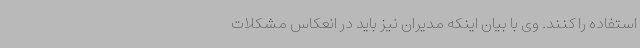
استفاده را کنند. وی با بیان اینکه مدیران نیز باید در انعکاس مشکلات